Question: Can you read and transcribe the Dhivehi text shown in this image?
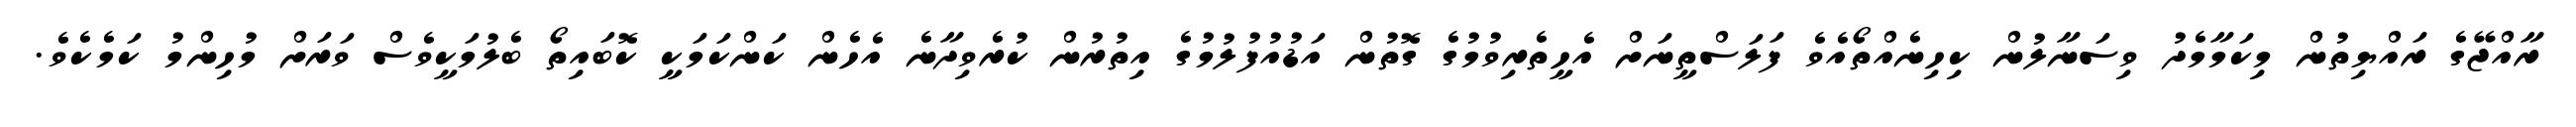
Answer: ރާއްޖޭގެ ރައްޔިތުން މިކަމާމެދު ވިސަނާލުން ކިހިނެއްތޯއެވެ ފަލަސްތީނަށް އެހީތެރިވުމުގެ ގޮތުން އަޑުއުފުލުމުގެ އިތުރުން ކުރެވިދާނެ އެހެން ކަންކަމަކީ ކޮބައިތޯ ބެލުމަކީވެސް ވަރަށް މުހިންމު ކަމެކެވެ.